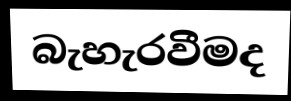
බැහැරවීමද